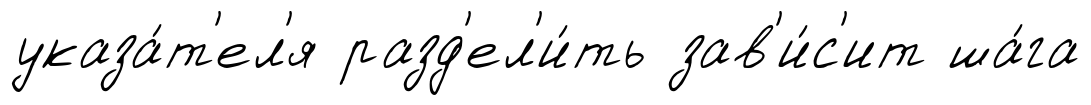
указа́т'ел'я разд'ел'и́ть зав'и́с'ит ша́га